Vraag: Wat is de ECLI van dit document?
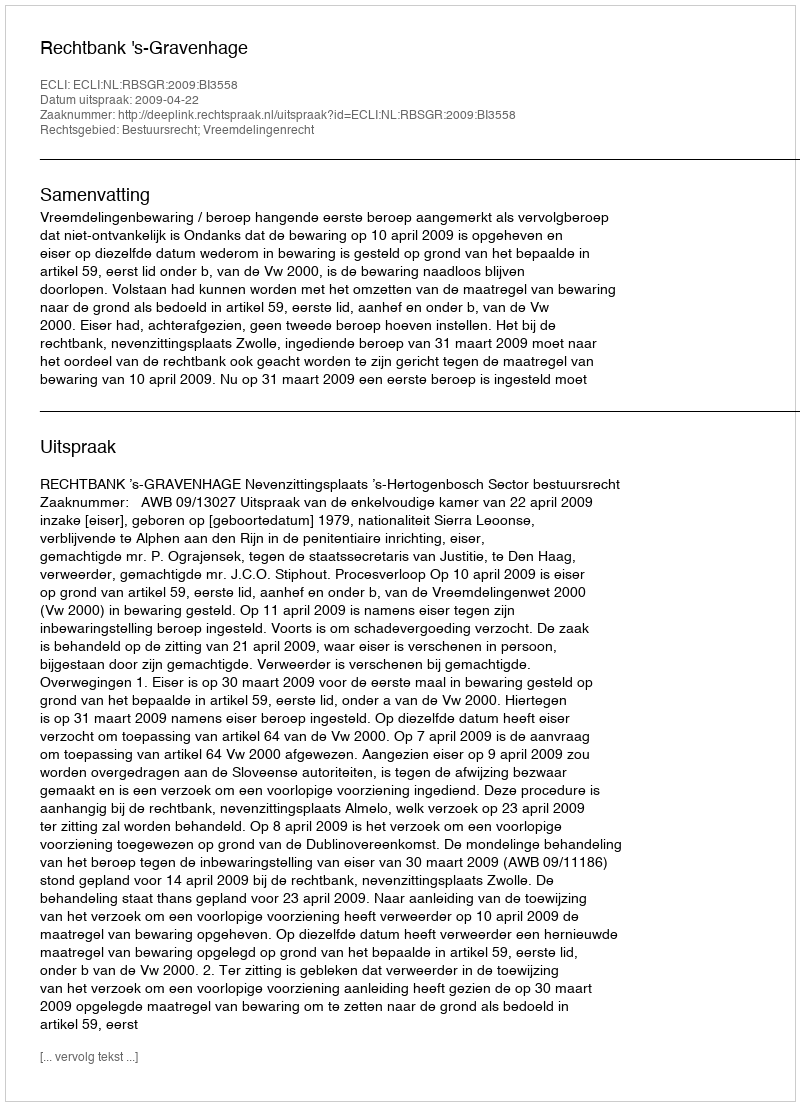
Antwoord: ECLI:NL:RBSGR:2009:BI3558